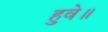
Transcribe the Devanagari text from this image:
हुवे॥